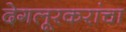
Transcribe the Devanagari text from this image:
देगलूरकरांचा